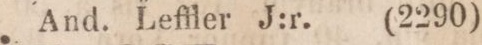
And. Leffler J:r (2290)